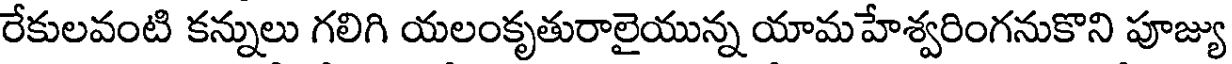
రేకులవంటి కన్నులు గలిగి యలంకృతురాలైయున్న యామహేశ్వరింగనుకొని పూజ్యు